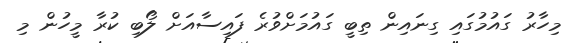
މިހާރު ގައުމުގައި ގިނައިން ތިބީ ގައުމަށްވުރެ ފައިސާއަށް ލޯބި ކުރާ މީހުން މި